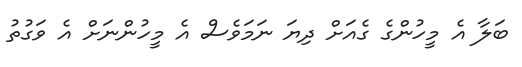
ބަލާ އެ މީހުންގެ ގެއަށް ދިޔަ ނަމަވެސް އެ މީހުންނަށް އެ ވަގުތު